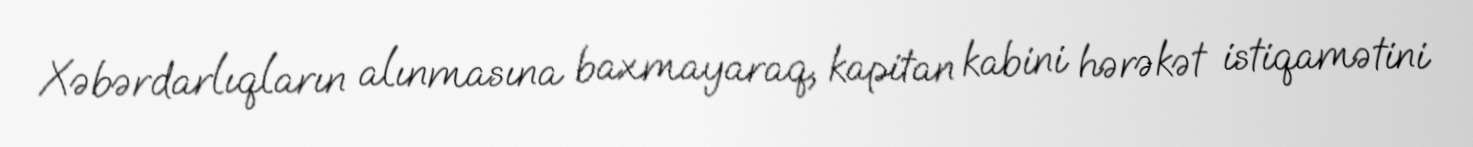
Xəbərdarlıqların alınmasına baxmayaraq, kapitan kabini hərəkət istiqamətini